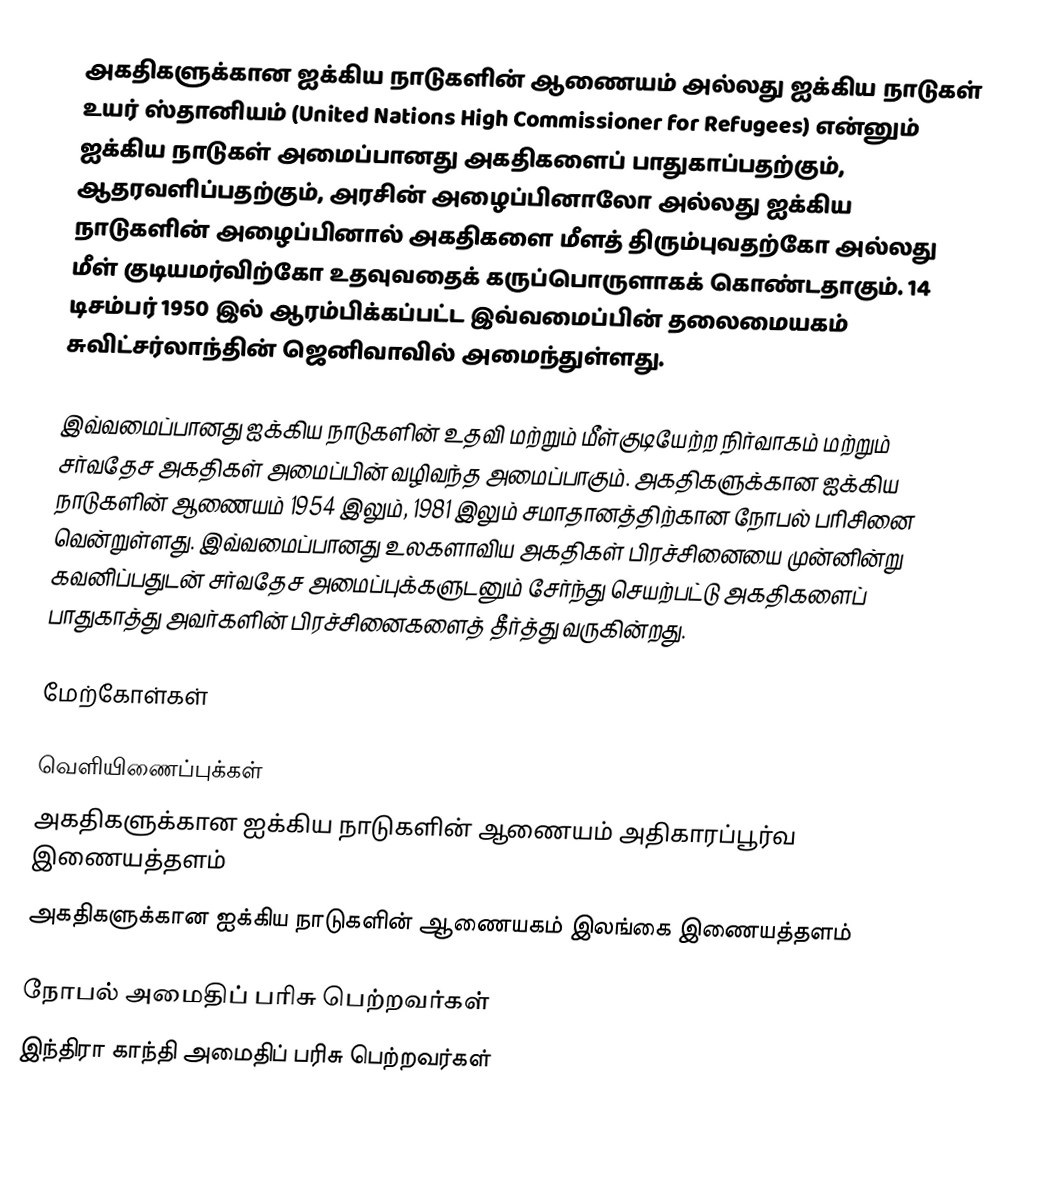
அகதிகளுக்கான ஐக்கிய நாடுகளின் ஆணையம் அல்லது ஐக்கிய நாடுகள் உயர் ஸ்தானியம் (United Nations High Commissioner for Refugees) என்னும் ஐக்கிய நாடுகள் அமைப்பானது அகதிகளைப் பாதுகாப்பதற்கும், ஆதரவளிப்பதற்கும், அரசின் அழைப்பினாலோ அல்லது ஐக்கிய நாடுகளின் அழைப்பினால் அகதிகளை மீளத் திரும்புவதற்கோ அல்லது மீள் குடியமர்விற்கோ உதவுவதைக் கருப்பொருளாகக் கொண்டதாகும். 14 டிசம்பர் 1950 இல் ஆரம்பிக்கப்பட்ட இவ்வமைப்பின் தலைமையகம் சுவிட்சர்லாந்தின் ஜெனிவாவில் அமைந்துள்ளது.

இவ்வமைப்பானது ஐக்கிய நாடுகளின் உதவி மற்றும் மீள்குடியேற்ற நிர்வாகம் மற்றும் சர்வதேச அகதிகள் அமைப்பின் வழிவந்த அமைப்பாகும். அகதிகளுக்கான ஐக்கிய நாடுகளின் ஆணையம் 1954 இலும், 1981 இலும் சமாதானத்திற்கான நோபல் பரிசினை வென்றுள்ளது. இவ்வமைப்பானது உலகளாவிய அகதிகள் பிரச்சினையை முன்னின்று கவனிப்பதுடன் சர்வதேச அமைப்புக்களுடனும் சேர்ந்து செயற்பட்டு அகதிகளைப் பாதுகாத்து அவர்களின் பிரச்சினைகளைத் தீர்த்து வருகின்றது.

மேற்கோள்கள்

வெளியிணைப்புக்கள்
 அகதிகளுக்கான ஐக்கிய நாடுகளின் ஆணையம் அதிகாரப்பூர்வ இணையத்தளம்
 அகதிகளுக்கான ஐக்கிய நாடுகளின் ஆணையகம் இலங்கை இணையத்தளம்

நோபல் அமைதிப் பரிசு பெற்றவர்கள்
இந்திரா காந்தி அமைதிப் பரிசு பெற்றவர்கள்